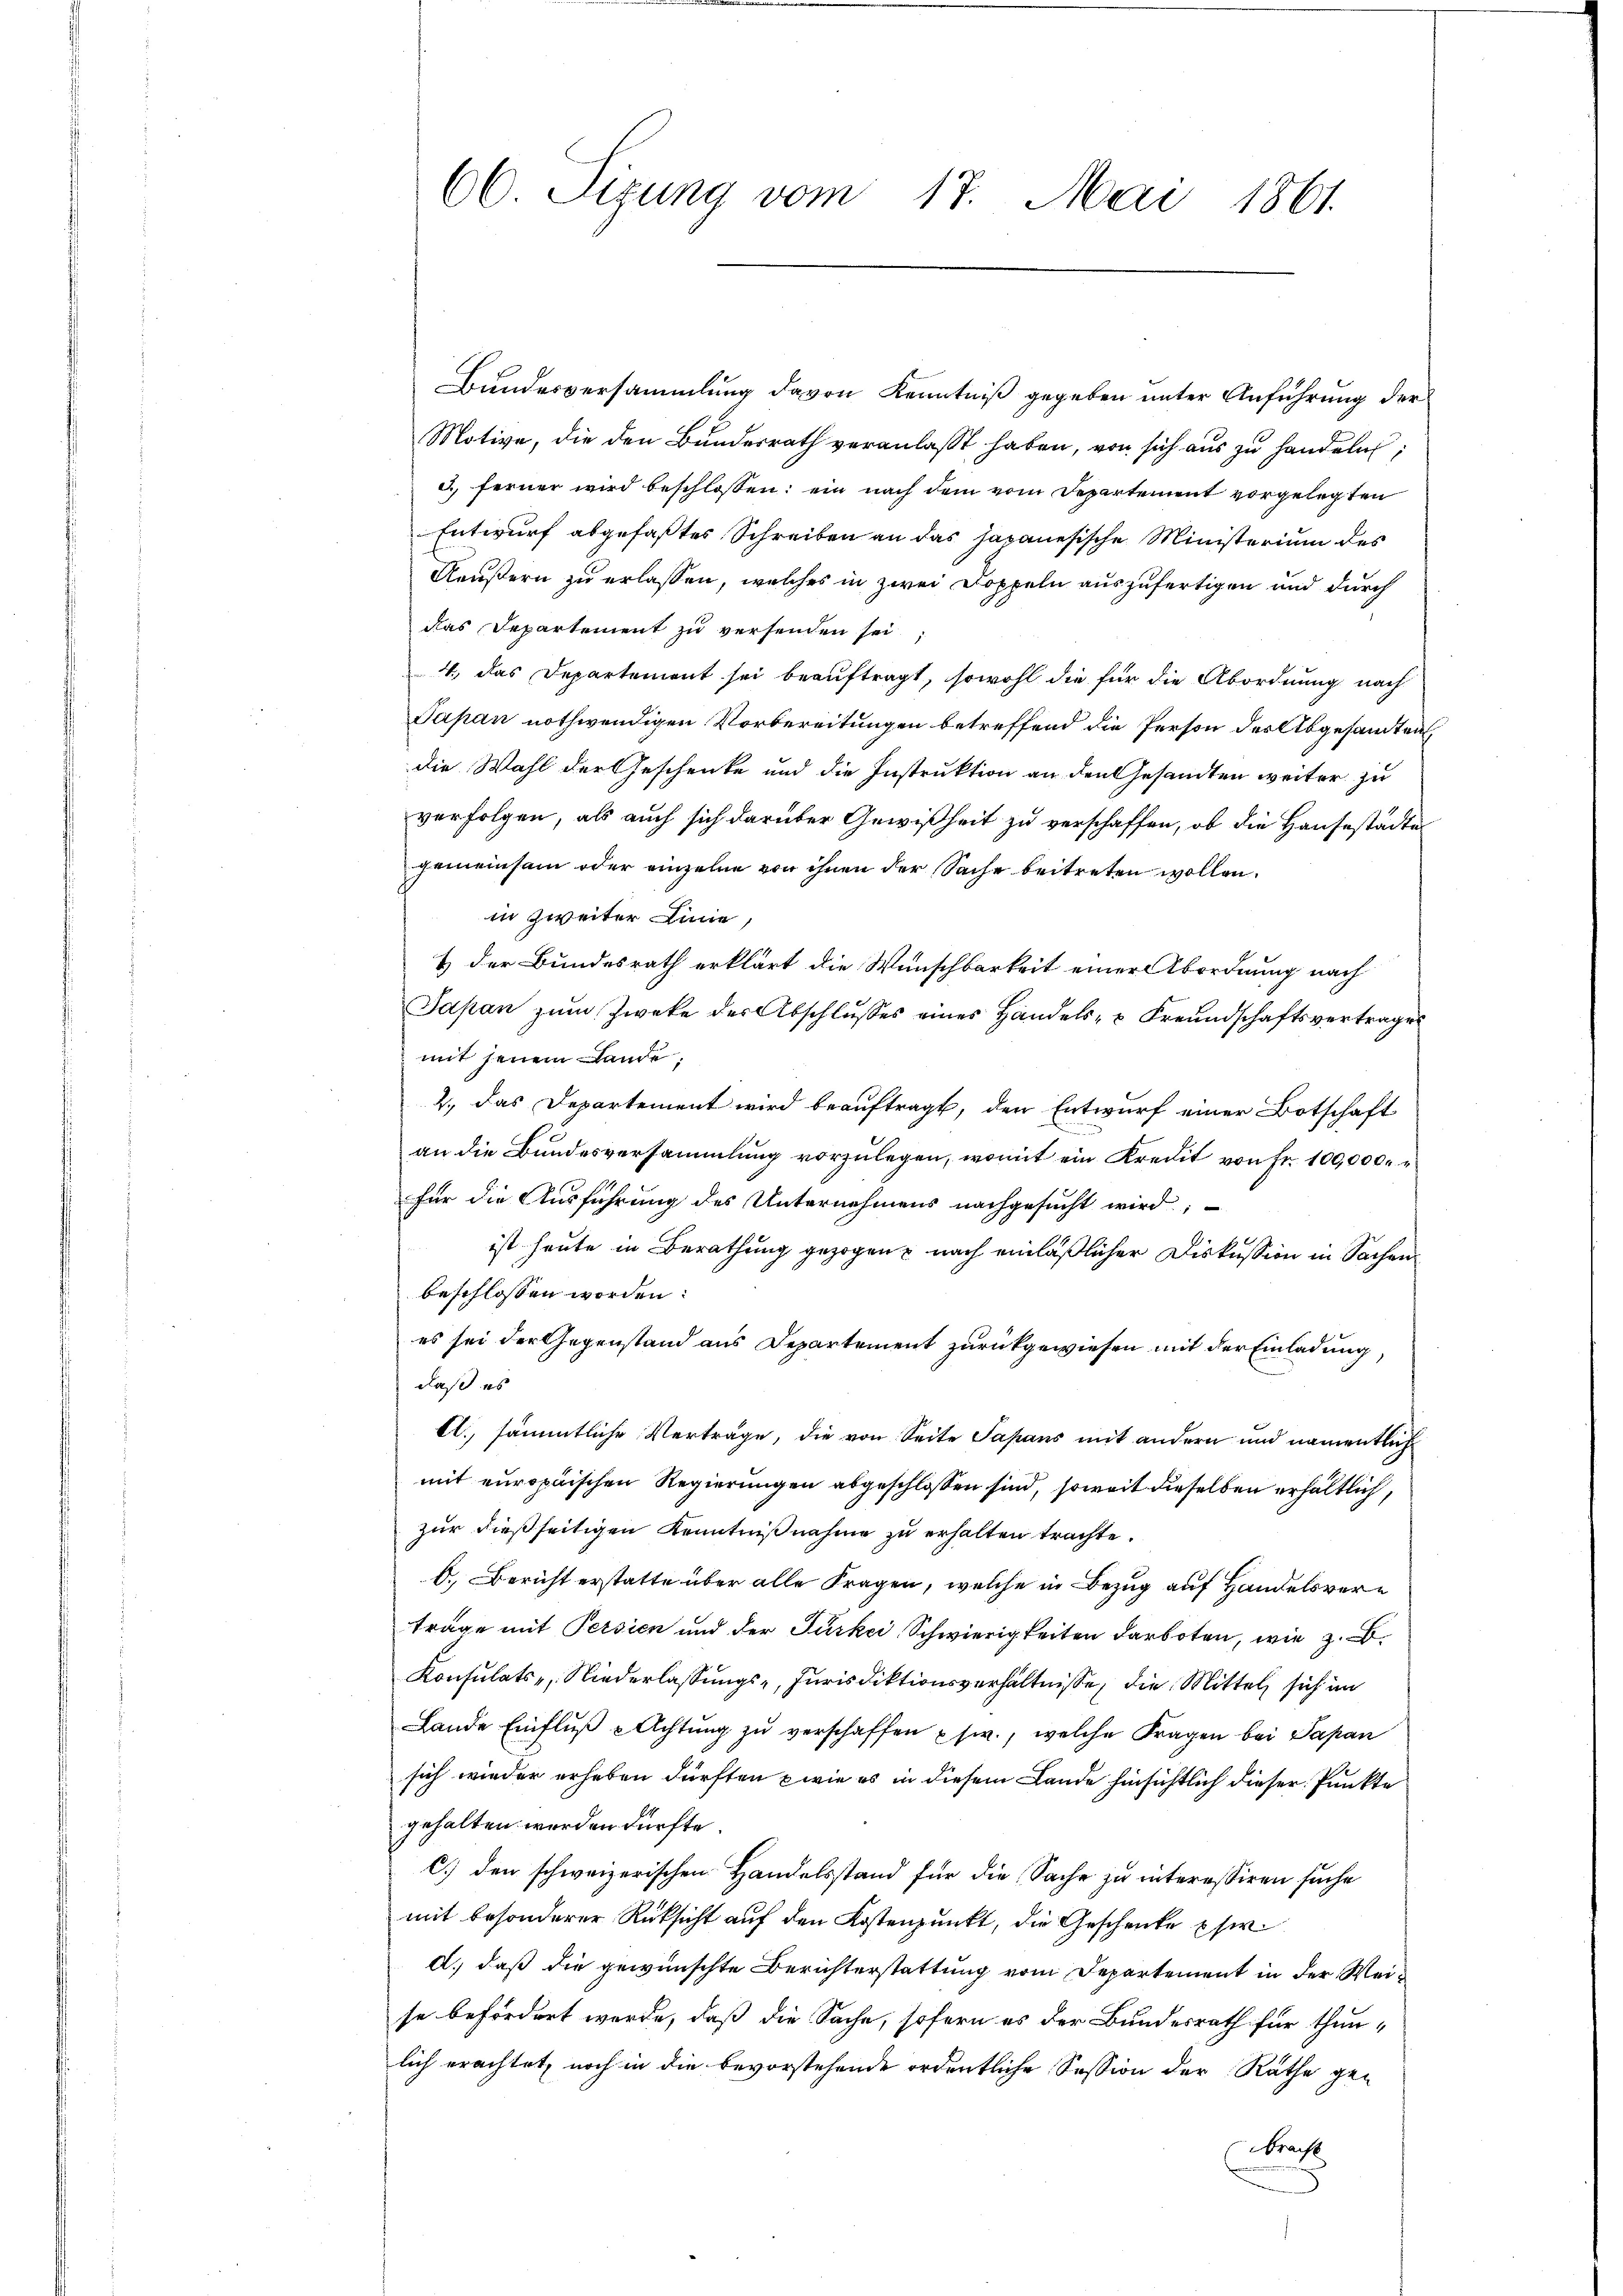
66 Sizung vom 17. Mai 1861.

Bundesversammlung davon Kenntniß gegeben unter Anführung der
Motive, die den Bundesrath veranlasst haben, von sich aus zu handeln;
d. ferner wird beschlossen: ein nach dem vom Departement vorgelegten
Entwurf abgefaßtes Schreiben an das japanesische Ministerium des
Aeußern zu erlassen, welches in zwei Doppeln auszufertigen und durch
das Departement zu versenden sei
4. das Departemont sei beauftragt, sowohl die für die Abordnung nach
Papan nothwendigen Vorbereitungen betreffend die Person der Abgesandten,
die Wahl der Geschenke und die Instruktion an den Gesandten weiter zu
verfolgen, als auch sich darüber Gewißheit zu verschaffen, ob die Hausestädte
gemeinsam oder einzelne von ihnen der Sache beitreten wollen.
in zweiter Linie,
& der Bundesrath erklärt die Wunschbarkeit einer Abordnung nach
Japan zŭm Zwecke der Abschlŭsses eines Handels- u Freundschaftsvertrages
mit jenem Lande;
2., das Departement wird beauftragt, den Entwurf einer Botschaft
an die Bundesversammlung vorzulegen, womit ein Kredit von Fr. 100,000.
für die Ausführung des Unternehmens nachgesucht wird;
ist heute in Berathung gezogen nach einläßlicher Diskussion in Sachen
beschlossen worden.
es sei der Gegenstand aus Departement zurückgewiesen mit der Einladung,
daß es
A., sämmtliche Verträge, die von Seite Sapans mit andern und namentlich
mit europäischen Regierungen abgeschlossen sind, soweit dieselben erhältlich,
zur dießseitigen Kenntnißnahme zu erhalten trachte.
O.) Bericht erstatte über alle Fragen, welche in Bezug auf Handelsvertrage mit Persien und der Furkci Schwierigkeiten darboten, wie z. B.
Konsulats-, Niederlassungs-, Jurisdiktionsverhältnisse, die Mittel sich im
Lande Einflŭβ pachtŭng zŭ verschaffen usw., welche Fragen bei Sapan
sich wieder erheben dürften wie es in diesem Lande hinsichtlich dieser Punkte
gehalten werden dürfte.
c.) den schweizerischen Handelsstand für die Sache zu interessiren suche
mit besonderer Rücksicht auf den Kostenpunkt, die Geschenke pfer
d.) daß die gewünschte Berichterstattung vom Departement in der Weise befördert werde, daß die Sache, sofern es der Bundesrath für thun-
lich erachtet, noch in die bevorstehende ordentliche Session der Räthe gebracht